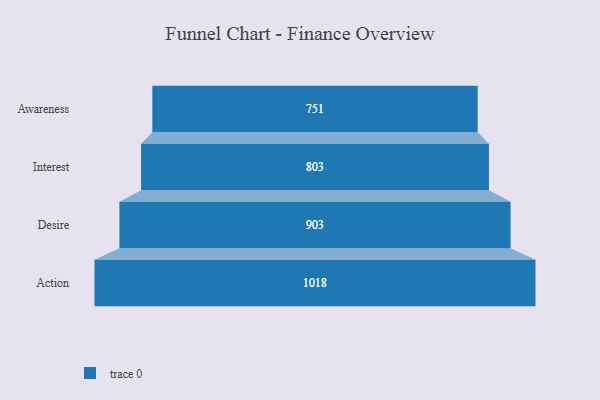
{"axis": {"x": "Stage", "y": "Value"}, "legend": [""], "data": [{"x": "Awareness", "y": 751.0, "type": ""}, {"x": "Interest", "y": 803.0, "type": ""}, {"x": "Desire", "y": 903.0, "type": ""}, {"x": "Action", "y": 1018.0, "type": ""}]}